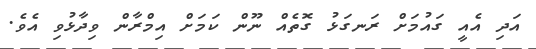
އަދި އެއީ ގައުމަށް ރަނގަޅު ގޮތެއް ނޫން ކަމަށް އިމްރާން ވިދާޅުވި އެވެ.